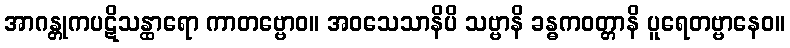
အာဂန္တုကပဋိသန္ထာရော ကာတဗ္ဗောဝ။ အဝသေသာနိပိ သဗ္ဗာနိ ခန္ဓကဝတ္တာနိ ပူရေတဗ္ဗာနေဝ။